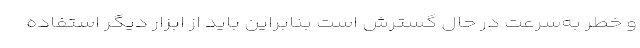
و خطر به‌سرعت در حال گسترش است بنابراین باید از ابزار دیگر استفاده